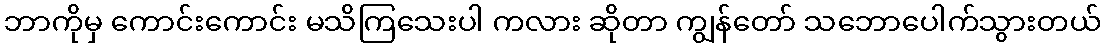
ဘာကိုမှ ကောင်းကောင်း မသိကြသေးပါ ကလား ဆိုတာ ကျွန်တော် သဘောပေါက်သွားတယ်